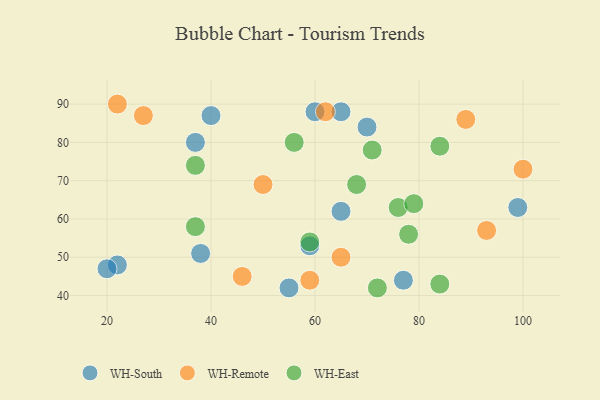
{"axis": {"x": "GDP", "y": "Life Expectancy"}, "legend": ["WH-East", "WH-Remote", "WH-South"], "data": [{"x": "55", "y": 42, "type": "WH-South"}, {"x": "65", "y": 62, "type": "WH-South"}, {"x": "37", "y": 80, "type": "WH-South"}, {"x": "70", "y": 84, "type": "WH-South"}, {"x": "22", "y": 48, "type": "WH-South"}, {"x": "40", "y": 87, "type": "WH-South"}, {"x": "38", "y": 51, "type": "WH-South"}, {"x": "60", "y": 88, "type": "WH-South"}, {"x": "20", "y": 47, "type": "WH-South"}, {"x": "77", "y": 44, "type": "WH-South"}, {"x": "65", "y": 88, "type": "WH-South"}, {"x": "99", "y": 63, "type": "WH-South"}, {"x": "59", "y": 53, "type": "WH-South"}, {"x": "50", "y": 69, "type": "WH-Remote"}, {"x": "89", "y": 86, "type": "WH-Remote"}, {"x": "100", "y": 73, "type": "WH-Remote"}, {"x": "46", "y": 45, "type": "WH-Remote"}, {"x": "59", "y": 44, "type": "WH-Remote"}, {"x": "27", "y": 87, "type": "WH-Remote"}, {"x": "65", "y": 50, "type": "WH-Remote"}, {"x": "93", "y": 57, "type": "WH-Remote"}, {"x": "22", "y": 90, "type": "WH-Remote"}, {"x": "62", "y": 88, "type": "WH-Remote"}, {"x": "59", "y": 54, "type": "WH-East"}, {"x": "68", "y": 69, "type": "WH-East"}, {"x": "76", "y": 63, "type": "WH-East"}, {"x": "78", "y": 56, "type": "WH-East"}, {"x": "84", "y": 43, "type": "WH-East"}, {"x": "71", "y": 78, "type": "WH-East"}, {"x": "84", "y": 79, "type": "WH-East"}, {"x": "37", "y": 58, "type": "WH-East"}, {"x": "37", "y": 74, "type": "WH-East"}, {"x": "72", "y": 42, "type": "WH-East"}, {"x": "56", "y": 80, "type": "WH-East"}, {"x": "79", "y": 64, "type": "WH-East"}]}